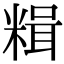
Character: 𫃇